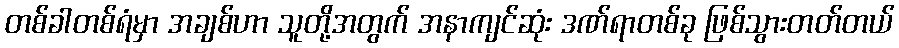
တစ်ခါတစ်ရံမှာ အချစ်ဟာ သူတို့အတွက် အနာကျင်ဆုံး ဒဏ်ရာတစ်ခု ဖြစ်သွားတတ်တယ်